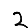
Digit: 2